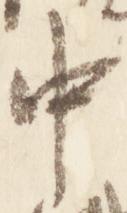
中